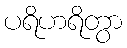
ပရိဟရိတွာ